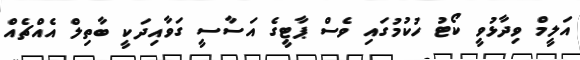
އަލީމް ވިދާޅުވީ ކޯޓު ހުކުމުގައި ވެސް ޕާޓީގެ އަސާސީ ގަވާއިދަކީ ބާތިލް އެއްޗެއް